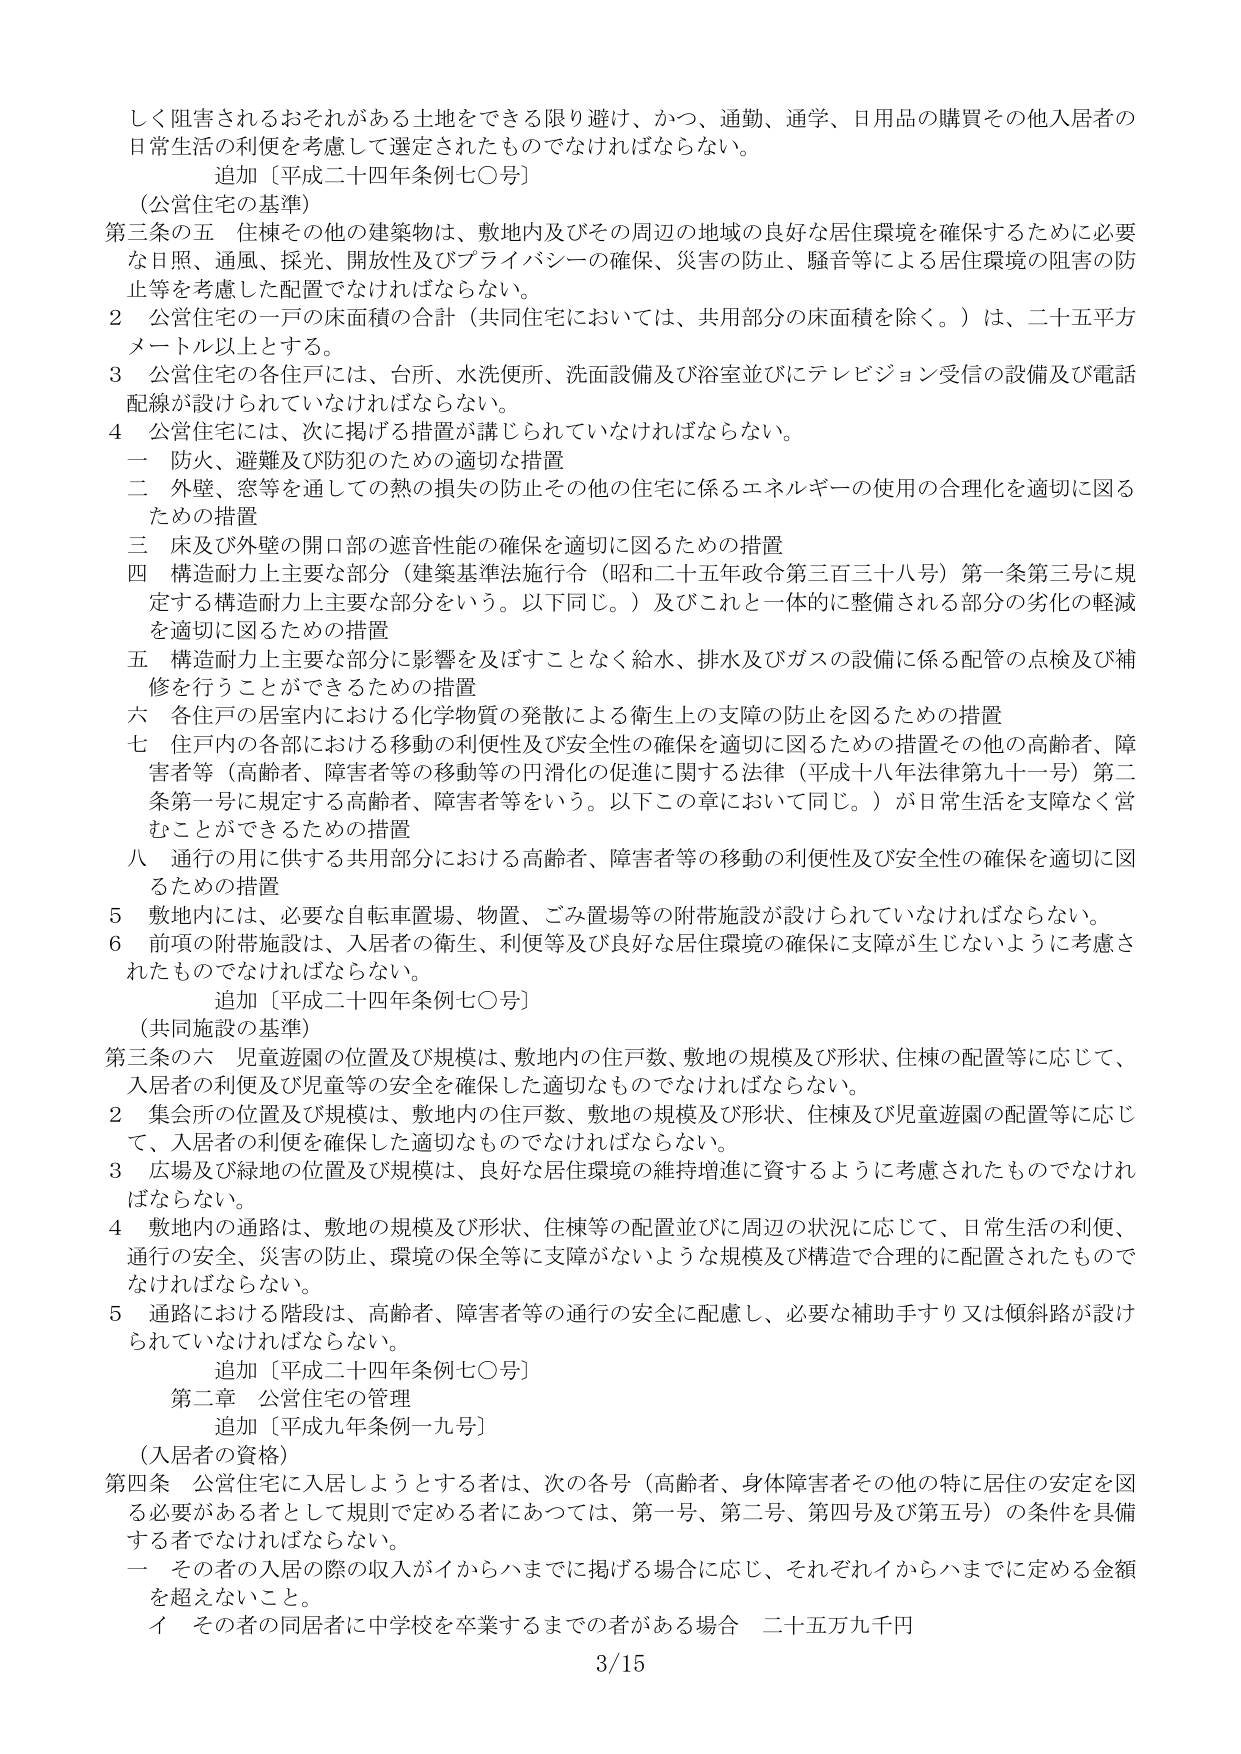
しく阻害されるおそれがある土地をできる限り避け、かつ、通勤、通学、日用品の購買その他入居者の日常生活の利便を考慮して選定されたものでなければならない。

追加〔平成二十四年条例七〇号〕

（公営住宅の基準）

第三条の五 住棟その他の建築物は、敷地内及びその周辺の地域の良好な居住環境を確保するために必要な日照、通風、採光、開放性及びプライバシーの確保、災害の防止、騒音等による居住環境の阻害の防止等を考慮した配置でなければならない。

２ 公営住宅の一戸の床面積の合計（共同住宅においては、共用部分の床面積を除く。）は、二十五平方メートル以上とする。

３ 公営住宅の各住戸には、台所、水洗便所、洗面設備及び浴室並びにテレビジョン受信の設備及び電話配線が設けられていなければならない。

４ 公営住宅には、次に掲げる措置が講じられていなければならない。

　一 防火、避難及び防犯のための適切な措置

　二 外壁、窓等を通しての熱の損失の防止その他住宅に係るエネルギーの使用の合理化を適切に図るための措置

　三 床及び外壁の開口部の遮音性能の確保を適切に図るための措置

　四 構造耐力上主要な部分（建築基準法施行令（昭和二十五年政令第三百三十八号）第一条第三号に規定する構造耐力上主要な部分をいう。以下同じ。）及びこれと一体的に整備される部分の劣化の軽減を適切に図るための措置

　五 構造耐力上主要な部分に影響を及ぼすことなく給水、排水及びガスの設備に係る配管の点検及び補修を行うことができるための措置

　六 各住戸の居室内における化学物質の発散による衛生上の支障の防止を図るための措置

　七 住戸内の各部における移動の利便性及び安全性の確保を適切に図るための措置その他高齢者、障害者等（高齢者、障害者等の移動等の円滑化の促進に関する法律（平成十八年法律第九十一号）第二条第一号に規定する高齢者、障害者等をいう。以下この章において同じ。）が日常生活を支障なく営むことができるための措置

　八 通行の用に供する共用部分における高齢者、障害者等の移動の利便性及び安全性の確保を適切に図るための措置

５ 敷地内には、必要な自転車置場、物置、ごみ置場等の附帯施設が設けられていなければならない。

６ 前項の附帯施設は、入居者の衛生、利便等及び良好な居住環境の確保に支障が生じないように考慮されたものでなければならない。

追加〔平成二十四年条例七〇号〕

（共同施設の基準）

第三条の六 児童遊園の位置及び規模は、敷地内の住戸数、敷地の規模及び形状、住棟の配置等に応じて、入居者の利便及び児童等の安全を確保した適切なものでなければならない。

２ 集会所の位置及び規模は、敷地内の住戸数、敷地の規模及び形状、住棟及び児童遊園の配置等に応じて、入居者の利便を確保した適切なものでなければならない。

３ 広場及び緑地の位置及び規模は、良好な居住環境の維持増進に資するように考慮されたものでなければならない。

４ 敷地内の通路は、敷地の規模及び形状、住棟等の配置並びに周辺の状況に応じて、日常生活の利便、通行の安全、災害の防止、環境の保全等に支障がないような規模及び構造で合理的に配置されたものでなければならない。

５ 通路における階段は、高齢者、障害者等の通行の安全に配慮し、必要な補助手すり又は傾斜路が設けられていなければならない。

追加〔平成二十四年条例七〇号〕

第二章 公営住宅の管理

追加〔平成九年条例一九号〕

（入居者の資格）

第四条 公営住宅に入居しようとする者は、次の各号（高齢者、身体障害者その他の特に居住の安定を図る必要がある者として規則で定める者にあっては、第一号、第二号、第四号及び第五号）の条件を具備する者でなければならない。

　一 その者の入居の際の収入がイからハまでに掲げる場合に応じ、それぞれイからハまでに定める金額を超えないこと。

　　イ その者の同居者に中学校を卒業するまでの者がある場合 二十五万九千円

3/15